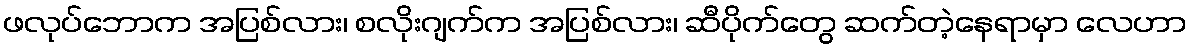
ဖလုပ်ဘောက အပြစ်လား၊ စလိုးဂျက်က အပြစ်လား၊ ဆီပိုက်တွေ ဆက်တဲ့နေရာမှာ လေဟာ